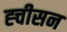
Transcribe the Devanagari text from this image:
ह्चीसन